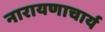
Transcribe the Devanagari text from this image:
नारायणाचार्य